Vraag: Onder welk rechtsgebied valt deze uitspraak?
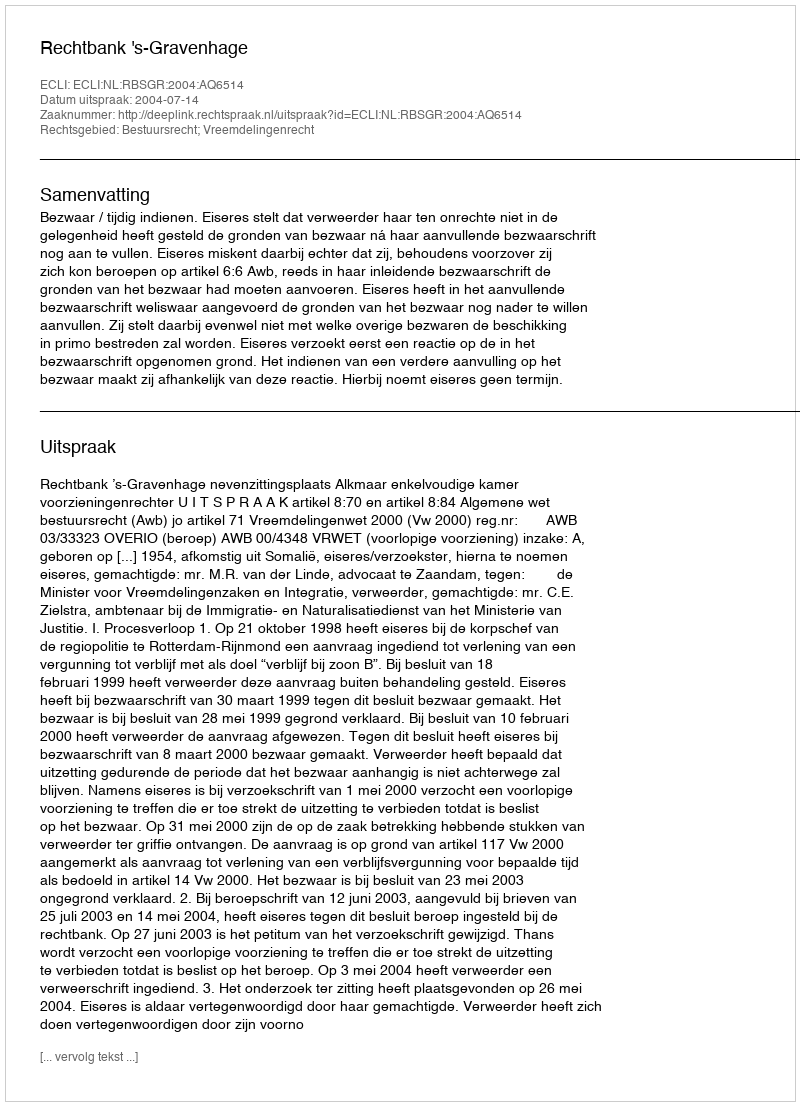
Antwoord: Bestuursrecht; Vreemdelingenrecht